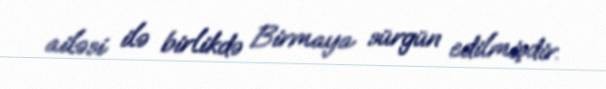
ailəsi ilə birlikdə Birmaya sürgün edilmişdir.